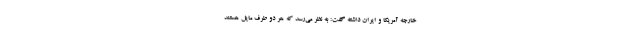
خارجه آمریکا و ایران داشته گفت: به نظر می‌رسد که هر دو طرف مایل هستند